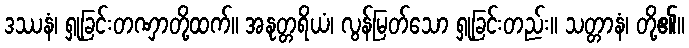
ဒဿနံ၊ ရှုခြင်းတဏှာတို့ထက်။ အနုတ္တရိယံ၊ လွန်မြတ်သော ရှုခြင်းတည်း။ သတ္တာနံ၊ တို့၏။